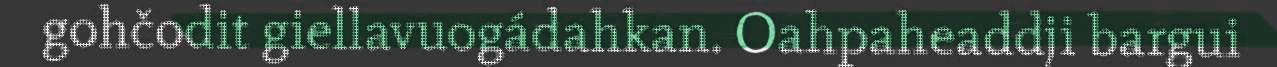
gohčodit giellavuogádahkan. Oahpaheaddji bargui